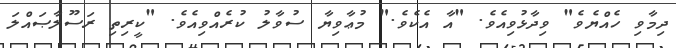
ދިމާވި ހެއްޔެވެ" ވިދާޅުވިއެވެ. "އާ އެކެވެ." މުޢާވިޔާ ސުވާލު ކުރެއްވިއެވެ. "ކީރިތި ރަސޫލާޞައްލަ